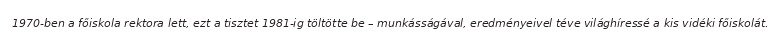
1970-ben a főiskola rektora lett, ezt a tisztet 1981-ig töltötte be – munkásságával, eredményeivel téve világhíressé a kis vidéki főiskolát.